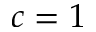
c = 1